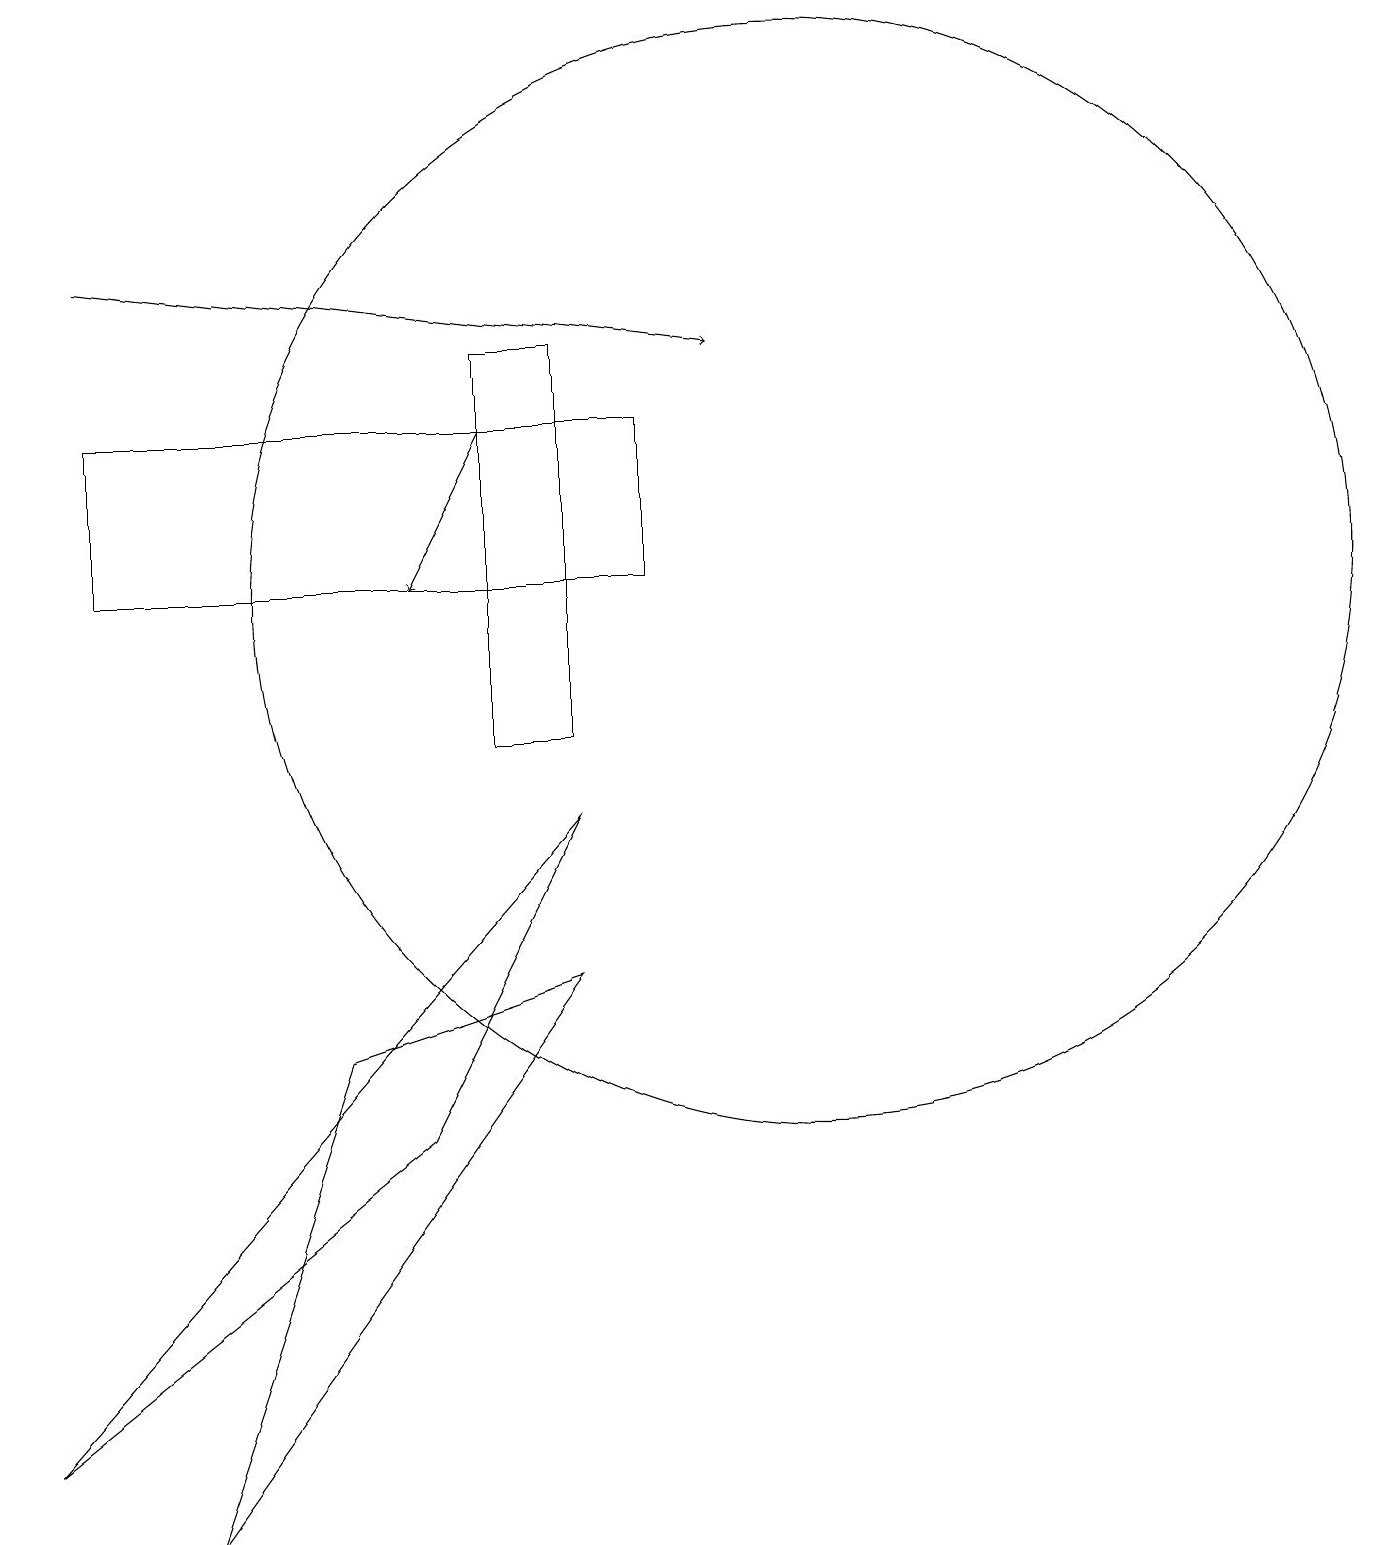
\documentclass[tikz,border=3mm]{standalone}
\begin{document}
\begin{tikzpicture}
\draw (10,12) circle (7);
\draw (1,14) rectangle (8,12);
\draw (2,0) -- (7,7) -- (4,6) -- cycle;
\draw[->] (1,16) -- (9,15);
\draw (6,10) rectangle (7,15);
\draw (7,9) -- (0,1) -- (5,5) -- cycle;
\draw[->] (6,14) -- (5,12);
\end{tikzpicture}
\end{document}